Report of the Municipal Commissioner on the plague in Bombay for the year ending 31st May... - Volume 3
Disease focus: Plague
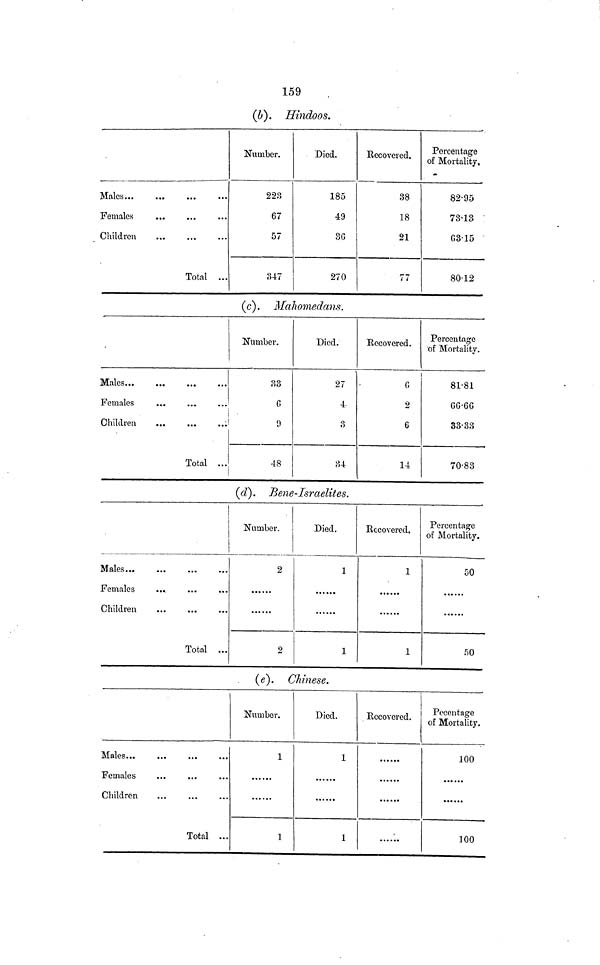
159
(b). Hindoos.
Males...
Females
Children
Total ...
Number.
223
67
57
347
Died.
185
49
3G
270
Recovered.
38
18
21
77
Percentage
of Mortality,
82·95
73·13
63·15
80·12
(c). Mahomedans.
Males
Females
Children
Total ...
Number.
33
n
9
4-8
Died.
27
4
3
34
Recovered.
G
2
6
14
Percentage
of Mortality.
81·81
66·66
33·33
70·83
(d). Bene-Israelites.
Males...
Females
Children
Total ...
Number.
2
2
Died.
1
1
Recovered.
1
1
Percentage
of Mortality.
50
50
(e). Chinese.
Males...
Females
Children
Total ...
Number.
1
1
Died.
1
1
Recovered.
Pecentage
of Mortality.
100
100